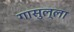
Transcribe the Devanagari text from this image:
गासुल्ला